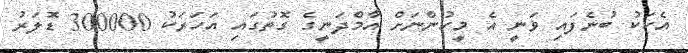
އެކަކު ބުނެފައި ވަނީ އެ މީހުންނަށް އާމްދަނީގެ ގޮތުގައި އަހަރަކު 300000 ޑޮލަރު